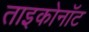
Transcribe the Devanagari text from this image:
ताइकोनॉट